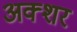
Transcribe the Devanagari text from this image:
अक्शर